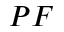
P F